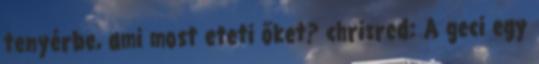
tenyérbe, ami most eteti őket? chrisred: A geci egy